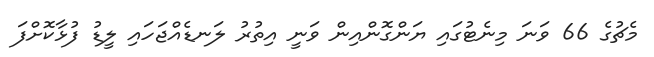
މެޗުގެ 66 ވަނަ މިނެޓުގައި ޔަންގޮންއިން ވަނީ އިތުރު ލަނޑެއްޖަހައި ލީޑު ފުޅާކޮށްފަ